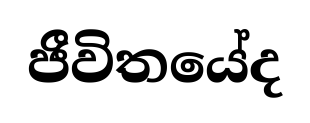
ජීවිතයේද